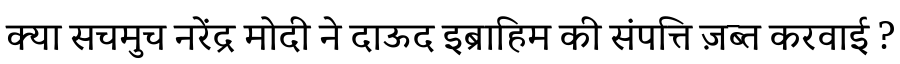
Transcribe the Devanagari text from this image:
क्या सचमुच नरेंद्र मोदी ने दाऊद इब्राहिम की संपत्ति ज़ब्त करवाई ?